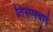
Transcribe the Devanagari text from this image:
तिरुप्पवाई